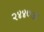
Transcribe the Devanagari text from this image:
२४४७अ